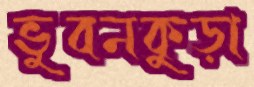
ভুবনকুড়া